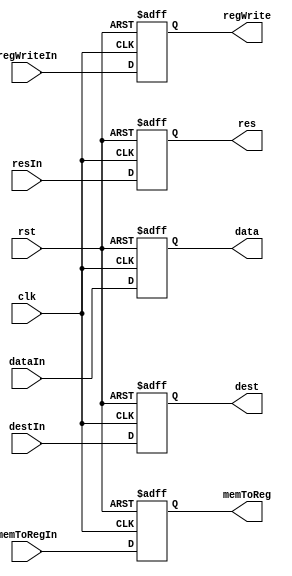
module MEMtoWBReg (input clk, rst, regWriteIn, memToRegIn,
				  input[31:0] resIn, dataIn,
				  input[4:0] destIn,
				  output reg regWrite, memToReg,
				  output reg[31:0] res, data,
				  output reg[4:0] dest);

always @(posedge clk, posedge rst) begin
	if(rst) begin
		{regWrite, memToReg, res, data, dest} <= 0;
	end
	else begin
		{regWrite, memToReg, res, data, dest} <= {regWriteIn, memToRegIn, resIn, dataIn, destIn};
	end
end

endmodule